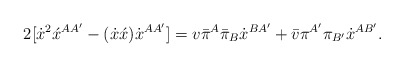
\begin{align*}2[\dot{x}^2\acute{x}^{AA'} - (\dot{x}\acute{x})\dot{x}^{AA'}] =v\bar{\pi}^A\bar{\pi}_B\dot{x}^{BA'} +\bar{v}\pi^{A'}\pi_{B'}\dot{x}^{AB'}. \end{align*}